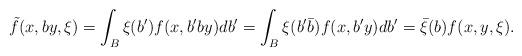
LaTeX: \begin{align*}\tilde f(x,by,\xi)=\int_B\xi(b')f(x,b'by)db'=\int_B\xi(b'\bar b)f(x,b'y)db'=\bar\xi(b)f(x,y,\xi).\end{align*}